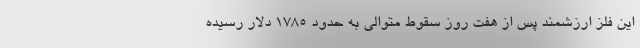
این فلز ارزشمند پس از هفت روز سقوط متوالی به حدود ۱۷۸۵ دلار رسیده